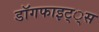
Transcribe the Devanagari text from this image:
डाॅगफाइट््स